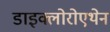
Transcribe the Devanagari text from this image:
डाइक्लोरोएथेन